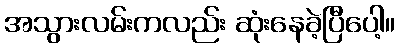
အသွားလမ်းကလည်း ဆုံးနေခဲ့ပြီပေါ့။